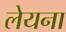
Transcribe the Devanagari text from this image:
लेयना